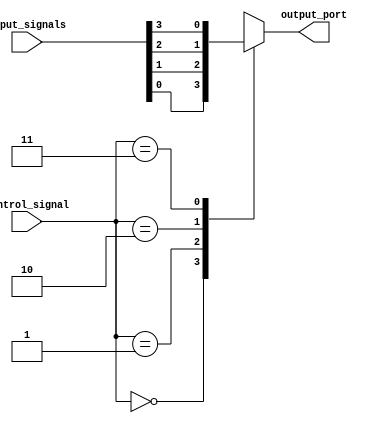
module io_blocks_bus_switch (
    input wire [3:0] input_signals,
    input wire [1:0] control_signal,
    output reg output_port
);

always @ (control_signal or input_signals)
begin
    case (control_signal)
        2'b00: output_port = input_signals[0];
        2'b01: output_port = input_signals[1];
        2'b10: output_port = input_signals[2];
        2'b11: output_port = input_signals[3];
    endcase
end

endmodule